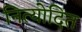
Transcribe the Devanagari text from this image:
नित्योदित